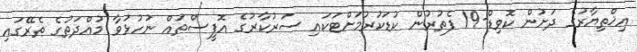
އިޚްތިޔާރުގެ ދަށުން ކޮވިޑް-19 ފެތުރުން ކުޑަކުރުމަށްޓަކައި ސަރުކާރުގެ އޮފީސްތައް ނުހުޅުވާ މުއްދަތުގެ ތެރޭގައި